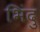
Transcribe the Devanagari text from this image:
भिंदु